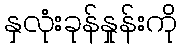
နှလုံးခုန်နှုန်းကို